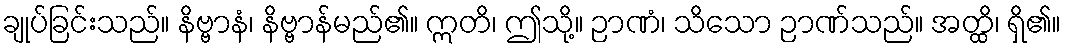
ချုပ်ခြင်းသည်။ နိဗ္ဗာနံ၊ နိဗ္ဗာန်မည်၏။ ဣတိ၊ ဤသို့။ ဉာဏံ၊ သိသော ဉာဏ်သည်။ အတ္ထိ၊ ရှိ၏။